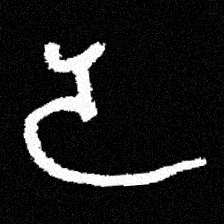
Pyu character \u2014 Myanmar letter: ဒ (romanized: da)